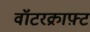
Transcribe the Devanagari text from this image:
वॉटरक्राफ़्ट